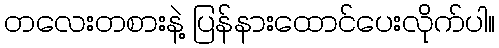
တလေးတစားနဲ့ ပြန်နားထောင်ပေးလိုက်ပါ။